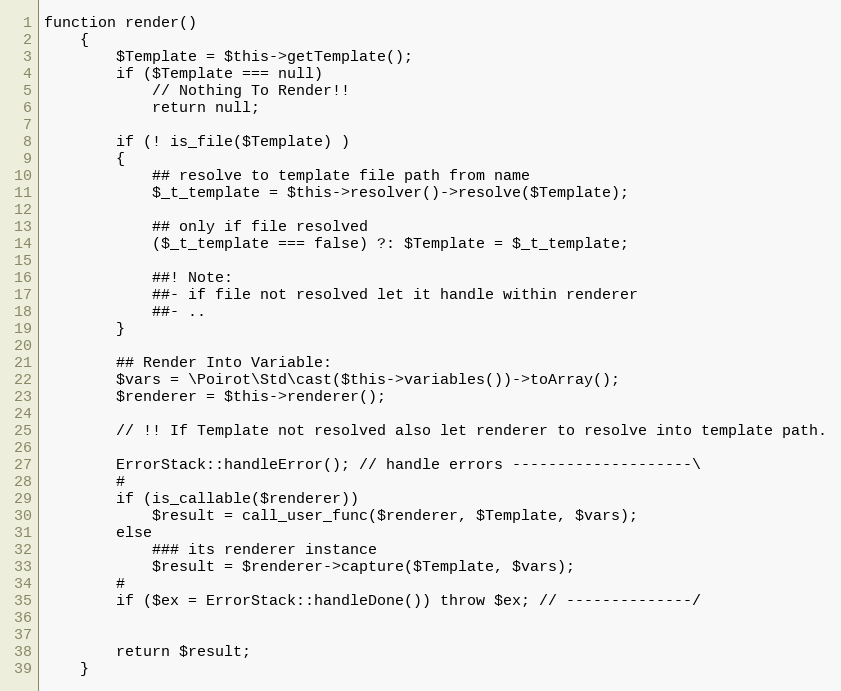
Language: PHP
function render()
    {
        $Template = $this->getTemplate();
        if ($Template === null)
            // Nothing To Render!!
            return null;

        if (! is_file($Template) )
        {
            ## resolve to template file path from name
            $_t_template = $this->resolver()->resolve($Template);

            ## only if file resolved
            ($_t_template === false) ?: $Template = $_t_template;

            ##! Note:
            ##- if file not resolved let it handle within renderer
            ##- ..
        }

        ## Render Into Variable:
        $vars = \Poirot\Std\cast($this->variables())->toArray();
        $renderer = $this->renderer();

        // !! If Template not resolved also let renderer to resolve into template path.

        ErrorStack::handleError(); // handle errors --------------------\
        #
        if (is_callable($renderer))
            $result = call_user_func($renderer, $Template, $vars);
        else
            ### its renderer instance
            $result = $renderer->capture($Template, $vars);
        #
        if ($ex = ErrorStack::handleDone()) throw $ex; // --------------/

        return $result;
    }